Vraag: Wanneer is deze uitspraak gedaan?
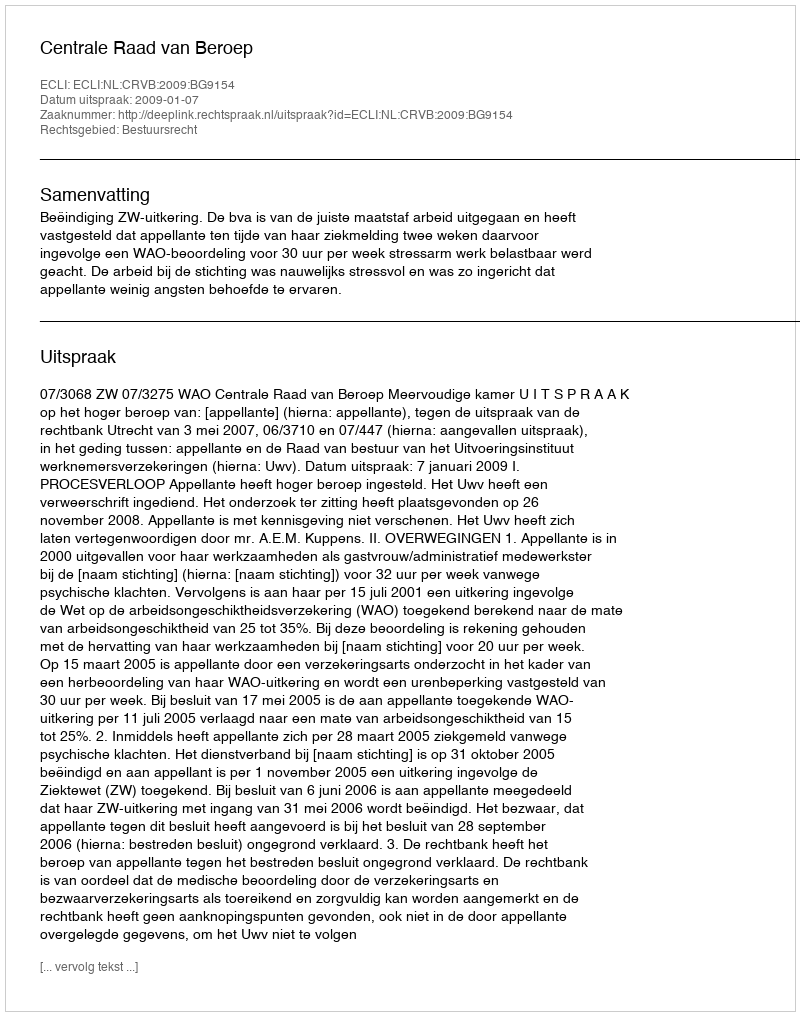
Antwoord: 2009-01-07